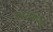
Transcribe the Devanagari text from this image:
परममार्ग